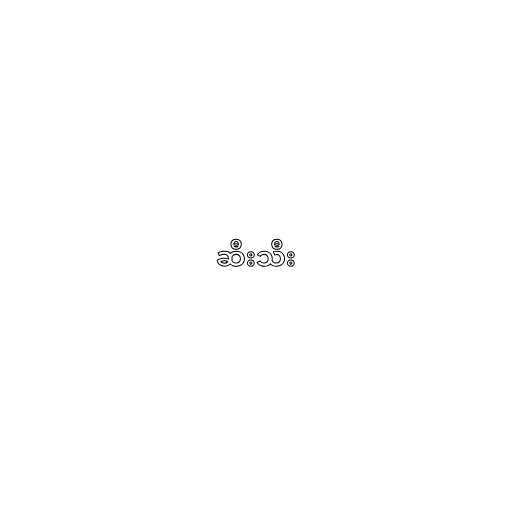
ဆီးသီး